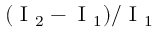
( \mathrm { ~ I ~ } _ { 2 } - \mathrm { ~ I ~ } _ { 1 } ) / \mathrm { ~ I ~ } _ { 1 }